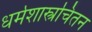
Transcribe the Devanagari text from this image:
धर्मशास्त्रचिंतन